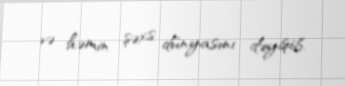
və həmin şəxs dünyasını dəyişib.